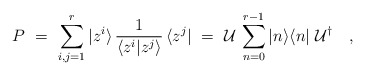
\begin{align*}P\ =\ \sum_{i,j=1}^r|z^i\rangle\,\frac{1}{\langle z^i|z^j\rangle}\,\langle z^j| \ =\ {\cal U}\,\sum_{n=0}^{r-1} |n\rangle\langle n|\;{\cal U}^\dagger \quad,\end{align*}